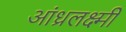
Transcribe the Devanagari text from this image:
आंध्रलक्ष्मी